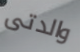
والدتى